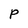
Character: P